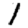
Digit: 1